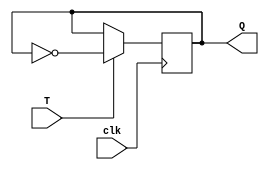
module T_flip_flop(
    input T, 
    input clk, 
    output reg Q
);

always @(posedge clk) begin
    if (T == 1'b1) begin
        Q <= ~Q;
    end
end

endmodule